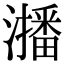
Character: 𭳐